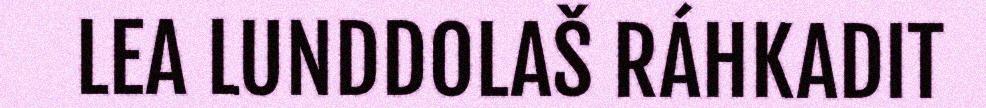
LEA LUNDDOLAŠ RÁHKADIT